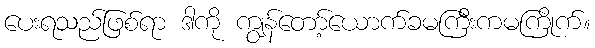
ပေးရသည်ဖြစ်ရာ ဒါကို ကျွန်တော့်ယောက်ခမကြီးကမကြိုက်။